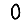
Digit: 0